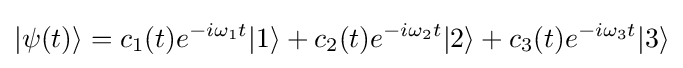
|\psi (t)\rangle =c_{1}(t)e^{-i\omega _{1}t}|1\rangle +c_{2}(t)e^{-i\omega _{2}t}|2\rangle +c_{3}(t)e^{-i\omega _{3}t}|3\rangle